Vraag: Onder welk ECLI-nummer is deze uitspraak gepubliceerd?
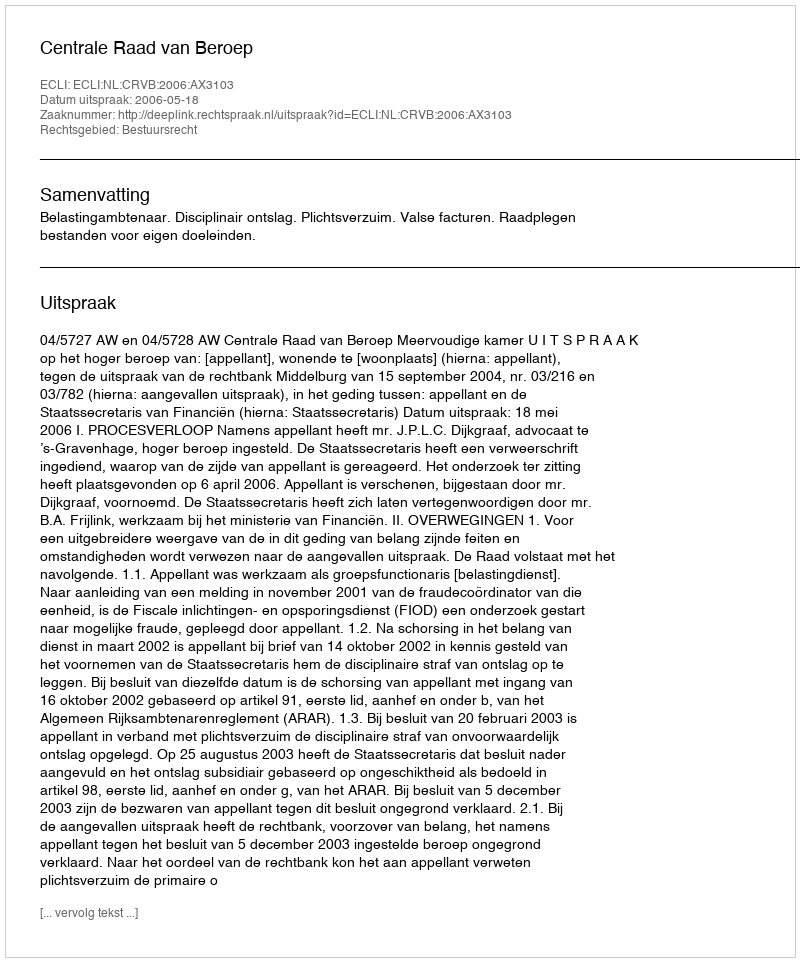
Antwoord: ECLI:NL:CRVB:2006:AX3103